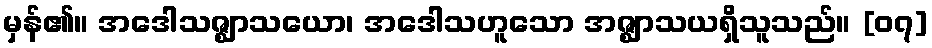
မှန်၏။ အဒေါသဇ္ဈာသယော၊ အဒေါသဟူသော အဇ္ဈာသယရှိသူသည်။ [၀၇]